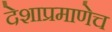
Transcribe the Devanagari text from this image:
देशाप्रमाणेच